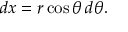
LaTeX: d x = r \cos \theta \, d \theta .